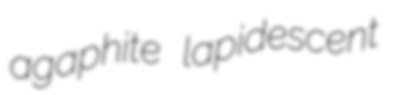
agaphite lapidescent